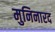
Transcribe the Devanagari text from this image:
मुनिनारद